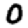
Digit: 0